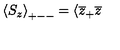
\left\langle S _ { z } \right\rangle _ { + -- } = \langle \overline { { z } } _ { + } \overline { { z } }